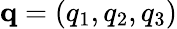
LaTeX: \mathbf{q}=(q_{1},q_{2},q_{3})